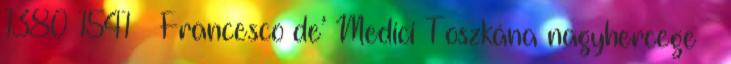
1380 1541 – Francesco de’ Medici Toszkána nagyhercege †